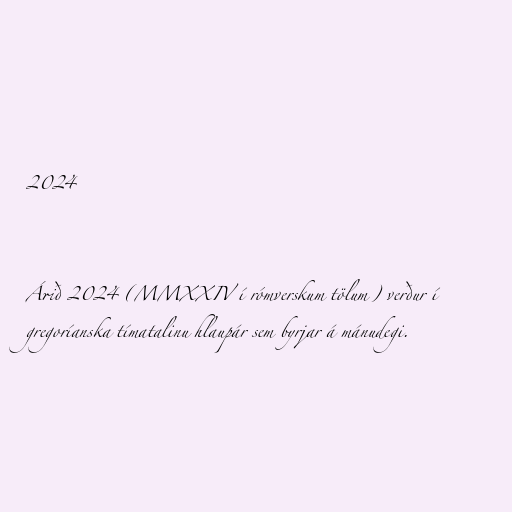
2024

Árið 2024 (MMXXIV í rómverskum tölum) verður í
gregoríanska tímatalinu hlaupár sem byrjar á mánudegi.